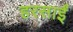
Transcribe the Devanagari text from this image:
हरसाईं